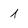
Character: 1